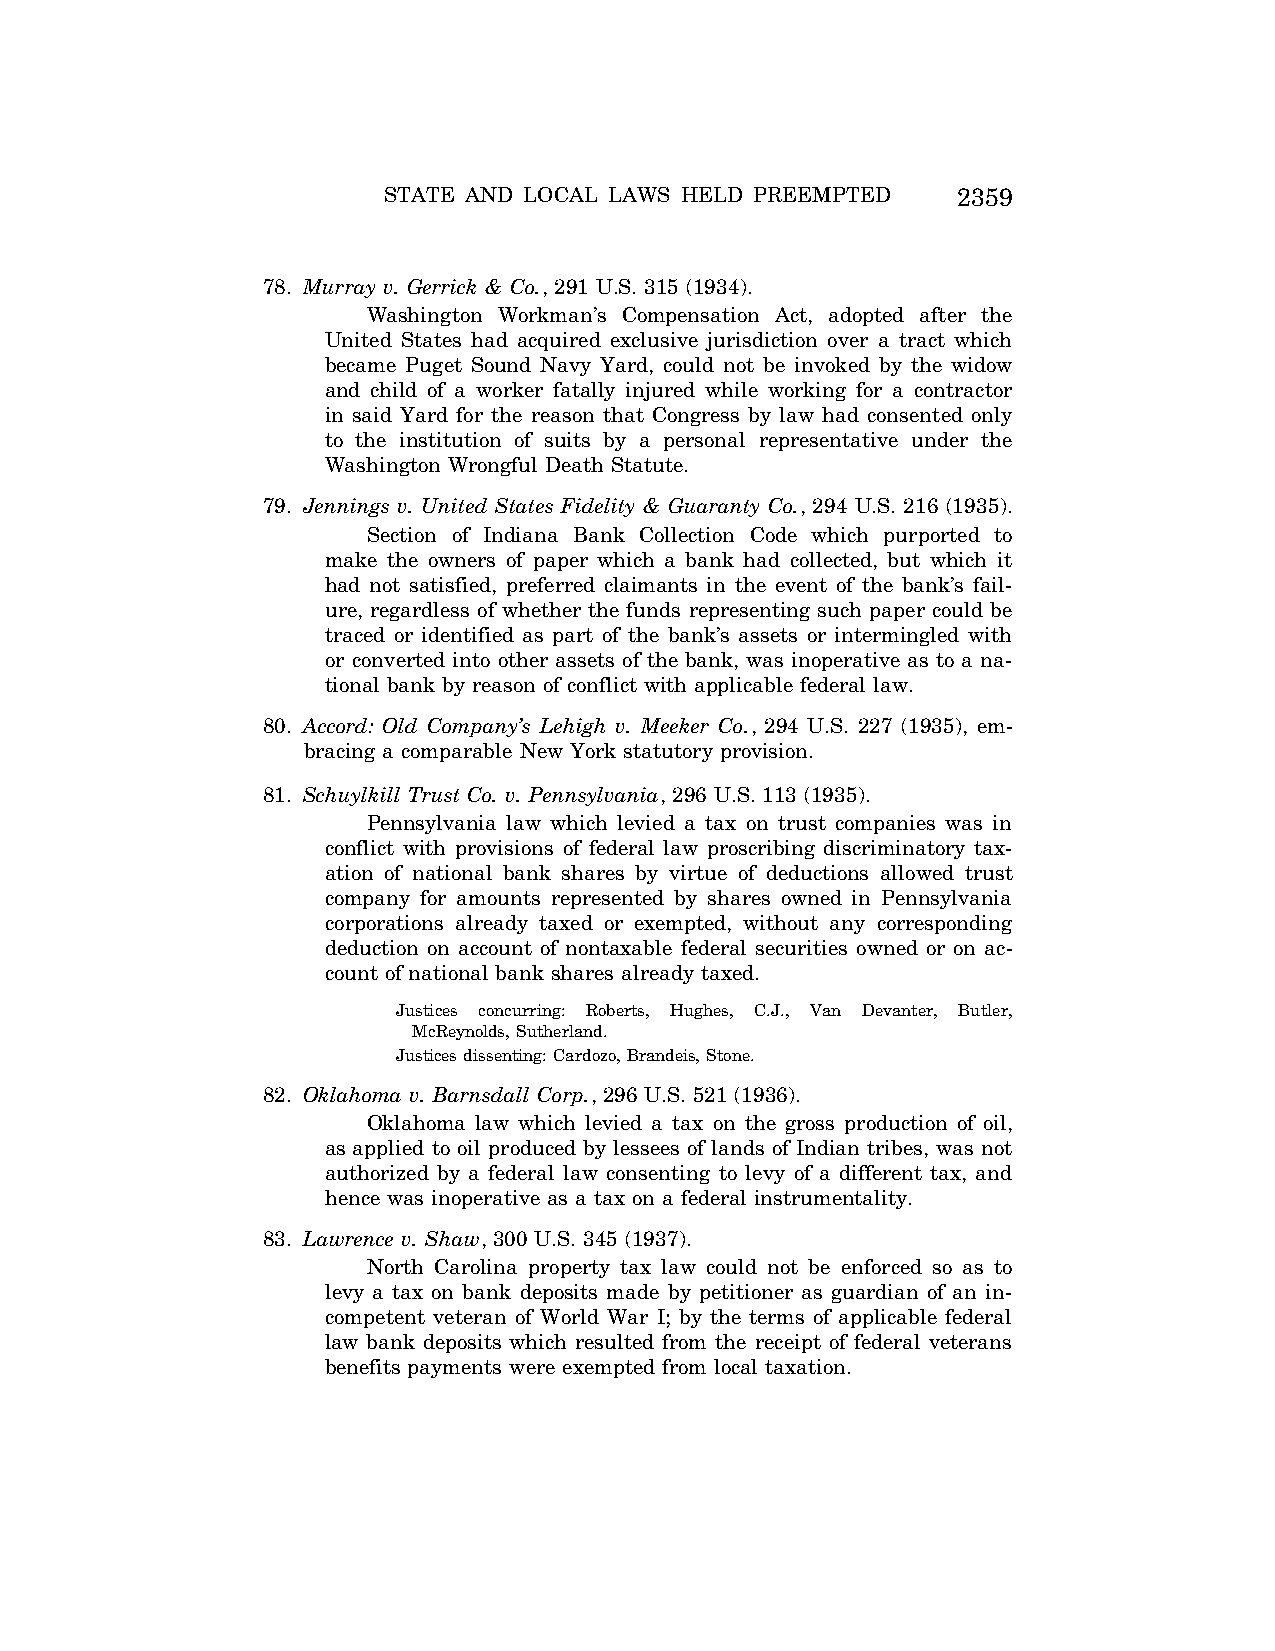
STATE AND LOCAL LAWS HELD PREEMPTED   2359
 78. Murray v. Gerrick & Co., 291 U.S. 315 (1934).
 Washington Workman’s Compensation Act, adopted after the
 United States had acquired exclusive jurisdiction over a tract which
 became Puget Sound Navy Yard, could not be invoked by the widow
 and child of a worker fatally injured while working for a contractor
 in said Yard for the reason that Congress by law had consented only
 to the institution of suits by a personal representative under the
 Washington Wrongful Death Statute.
 79. Jennings v. United States Fidelity & Guaranty Co., 294 U.S. 216 (1935).
 Section of Indiana Bank Collection Code which purported to
 make the owners of paper which a bank had collected, but which it
 had not satisfied, preferred claimants in the event of the bank’s fail-
 ure, regardless of whether the funds representing such paper could be
 traced or identified as part of the bank’s assets or intermingled with
 or converted into other assets of the bank, was inoperative as to a na-
 tional bank by reason of conflict with applicable federal law.
 80. Accord: Old Company’s Lehigh v. Meeker Co., 294 U.S. 227 (1935), em-
 bracing a comparable New York statutory provision.
 81. Schuylkill Trust Co. v. Pennsylvania, 296 U.S. 113 (1935).
 Pennsylvania law which levied a tax on trust companies was in
 conflict with provisions of federal law proscribing discriminatory tax-
 ation of national bank shares by virtue of deductions allowed trust
 company for amounts represented by shares owned in Pennsylvania
 corporations already taxed or exempted, without any corresponding
 deduction on account of nontaxable federal securities owned or on ac-
 count of national bank shares already taxed.
 Justices concurring: Roberts, Hughes, C.J., Van Devanter, Butler,
 McReynolds, Sutherland.
 Justices dissenting: Cardozo, Brandeis, Stone.
 82. Oklahoma v. Barnsdall Corp., 296 U.S. 521 (1936).
 Oklahoma law which levied a tax on the gross production of oil,
 as applied to oil produced by lessees of lands of Indian tribes, was not
 authorized by a federal law consenting to levy of a different tax, and
 hence was inoperative as a tax on a federal instrumentality.
 83. Lawrence v. Shaw, 300 U.S. 345 (1937).
 North Carolina property tax law could not be enforced so as to
 levy a tax on bank deposits made by petitioner as guardian of an in-
 competent veteran of World War I; by the terms of applicable federal
 law bank deposits which resulted from the receipt of federal veterans
 benefits payments were exempted from local taxation.
 VerDate Aug<04>2004 12:59 Aug 23, 2004 Jkt 077500 PO 00000 Frm 00013 Fmt 8222 Sfmt 8222 C:\CONAN\CON066.SGM PRFM99 PsN: CON066